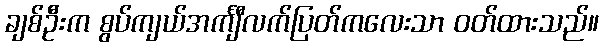
ချစ်ဦးက စွပ်ကျယ်အင်္ကျီလက်ပြတ်ကလေးသာ ဝတ်ထားသည်။